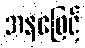
အနဖြေင့်